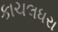
કાચલધરા